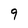
Character: 9